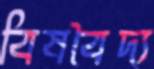
বিষবৈদ্য